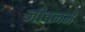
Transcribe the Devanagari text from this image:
जीवनमे